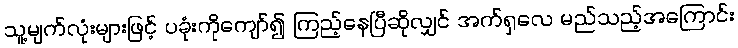
သူ့မျက်လုံးများဖြင့် ပခုံးကိုကျော်၍ ကြည့်နေပြီဆိုလျှင် အက်ရှလေ မည်သည့်အကြောင်း